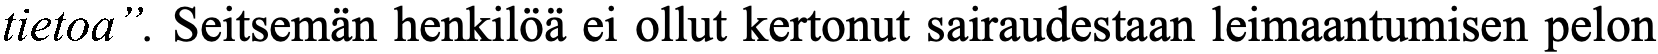
tietoa”. Seitsemän henkilöä ei ollut kertonut sairaudestaan leimaantumisen pelon